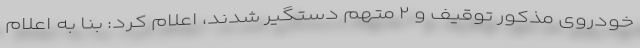
خودروی مذکور توقیف و ۲ متهم دستگیر شدند، اعلام کرد: بنا به اعلام